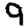
Digit: 9